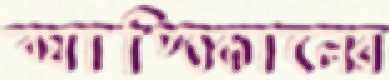
ব্যাপ্তিকালের